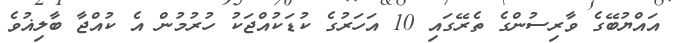
އައްޔުބޭގެ ވާރިސުންގެ ތެރޭގައި 10 އަހަރުގެ ކުޑަކުއްޖަކު ހުރުމުން އެ ކުއްޖާ ބާލިޣުވެ